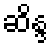
ဆိန္ဒ